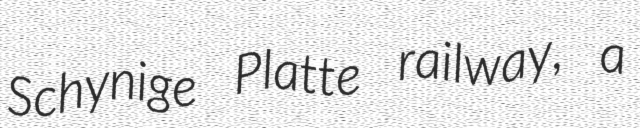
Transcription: Schynige Platte railway, a